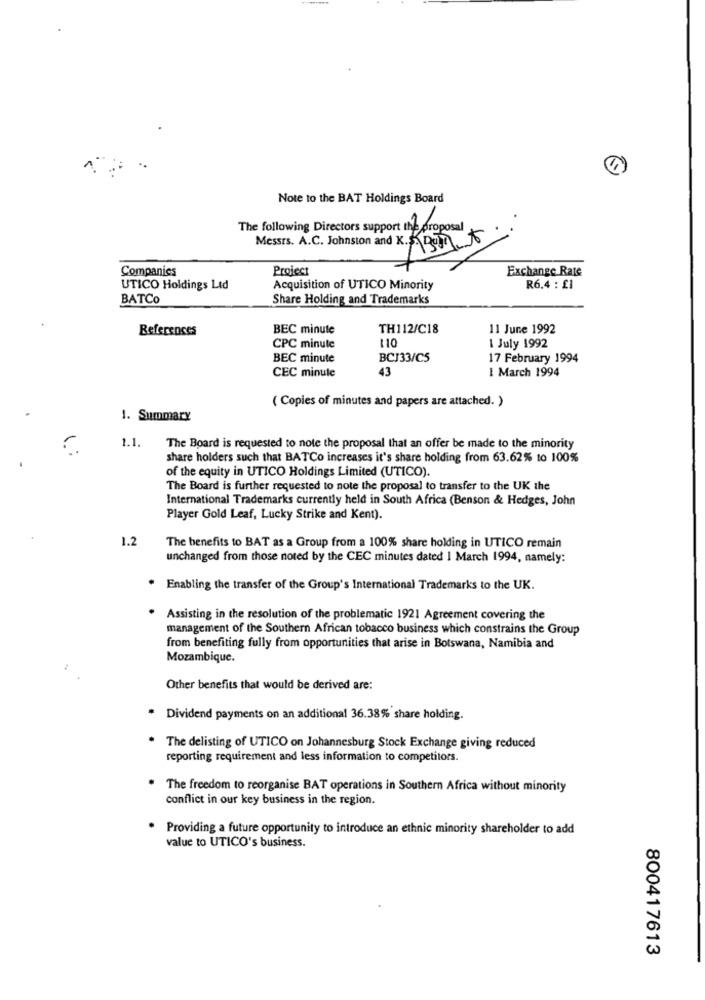
Note to the BAT Holdings Board
The following Directors support the proposal
Messrs. A.C. Johnston and K. BOM
Companies
Project
Exchange Rate
UTICO Holdings Ltd
Acquisition of UTICO Minority
R6.4 : £1
BATCO
Share Holding and Trademarks
References
BEC minute
TH112/C18
11 June 1992
110
CPC minute
1 July 1992
BEC minute
BCJ33/C5
17 February 1994
43
I March 1994
CEC minute
( Copies of minutes and papers are attached. )
1. Summary
1.1.
The Board is requested to note the proposal that an offer be made to the minority
share holders such that BATCo increases it's share holding from 63.62% to 100%
of the equity in UTICO Holdings Limited (UTICO).
The Board is further requested to note the proposal to transfer to the UK the
International Trademarks currently held in South Africa (Benson & Hedges, John
Player Gold Leaf, Lucky Strike and Kent).
1.2
The benefits to BAT as a Group from a 100% share holding in UTICO remain
unchanged from those noted by the CEC minutes dated 1 March 1994, namely:
Enabling the transfer of the Group's International Trademarks to the UK.
Assisting in the resolution of the problematic 1921 Agreement covering the
management of the Southern African tobacco business which constrains the Group
from benefiting fully from opportunities that arise in Botswana, Namibia and
Mozambique.
Other benefits that would be derived are:
Dividend payments on an additional 36.38% share holding.
The delisting of UTICO on Johannesburg Stock Exchange giving reduced
reporting requirement and less information to competitors.
The freedom to reorganise BAT operations in Southern Africa without minority
conflict in our key business in the region.
Providing a future opportunity to introduce an ethnic minority shareholder to add
value to UTICO's business.
800417613